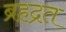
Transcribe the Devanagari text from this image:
ब्रहद्रत